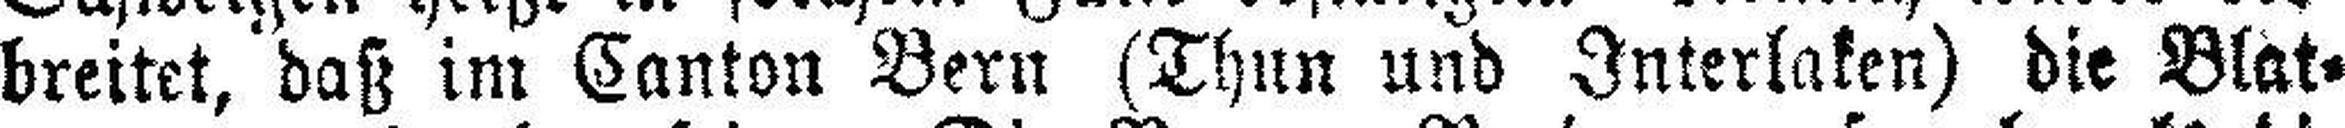
breitet, daß im Canton Bern (Thun und Interlaken) die Blat¬